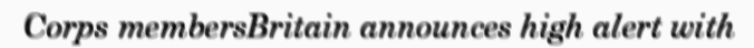
Corps membersBritain announces high alert with